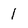
Character: 1